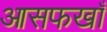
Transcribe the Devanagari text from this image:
आसफखाँ